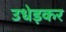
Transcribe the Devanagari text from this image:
उधेड़कर